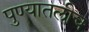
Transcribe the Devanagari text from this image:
पुण्यातलीच